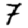
Digit: 7